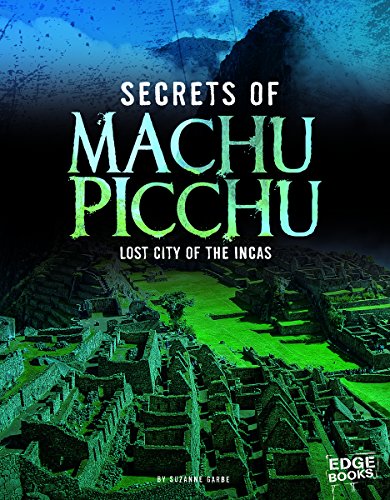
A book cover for Secrets of Machu Picchu: Lost City of the Incas (Archaeological Mysteries); Suzanne Garbe; Children's Books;